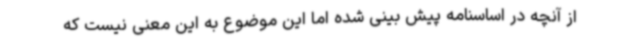
از آنچه در اساسنامه پیش بینی شده اما این موضوع به این معنی نیست که